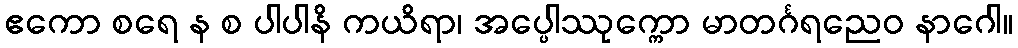
ဧကော စရေ န စ ပါပါနိ ကယိရာ၊ အပ္ပေါဿုက္ကော မာတင်္ဂရညေဝ နာဂေါ။